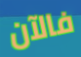
فالآن